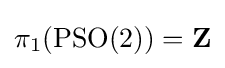
\pi _{1}(\operatorname {PSO} (2))=\mathbf {Z}